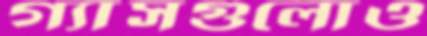
গ্যাসগুলোও